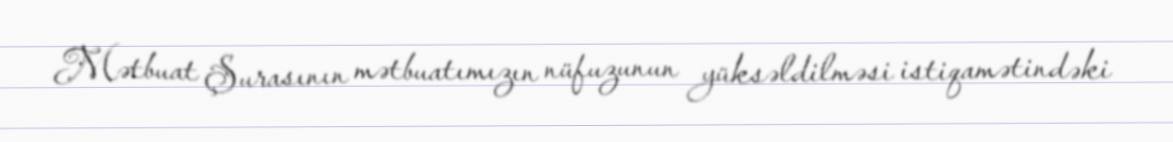
Mətbuat Şurasının mətbuatımızın nüfuzunun yüksəldilməsi istiqamətindəki